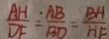
\frac { A H } { D F } = \frac { A B } { B D } = \frac { B H } { H F }